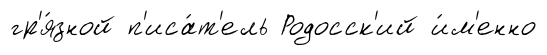
гр'я́зной п'иса́т'ель Родосск'ий и́м'енно